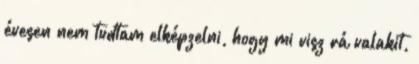
évesen nem tudtam elképzelni, hogy mi visz rá valakit,